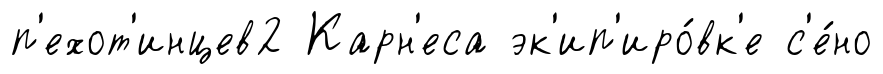
п'ехот'инцев2 Карн'еса эк'ип'иро́вк'е с'е́но